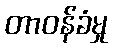
တာဝန်ခံမှု